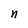
Character: n